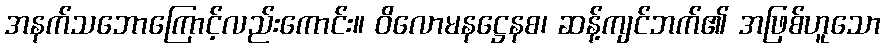
အနက်သဘောကြောင့်လည်းကောင်း။ ဝိလောမနဋ္ဌေနစ၊ ဆန့်ကျင်ဘက်၏ အဖြစ်ဟူသော